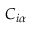
C _ { i \alpha }